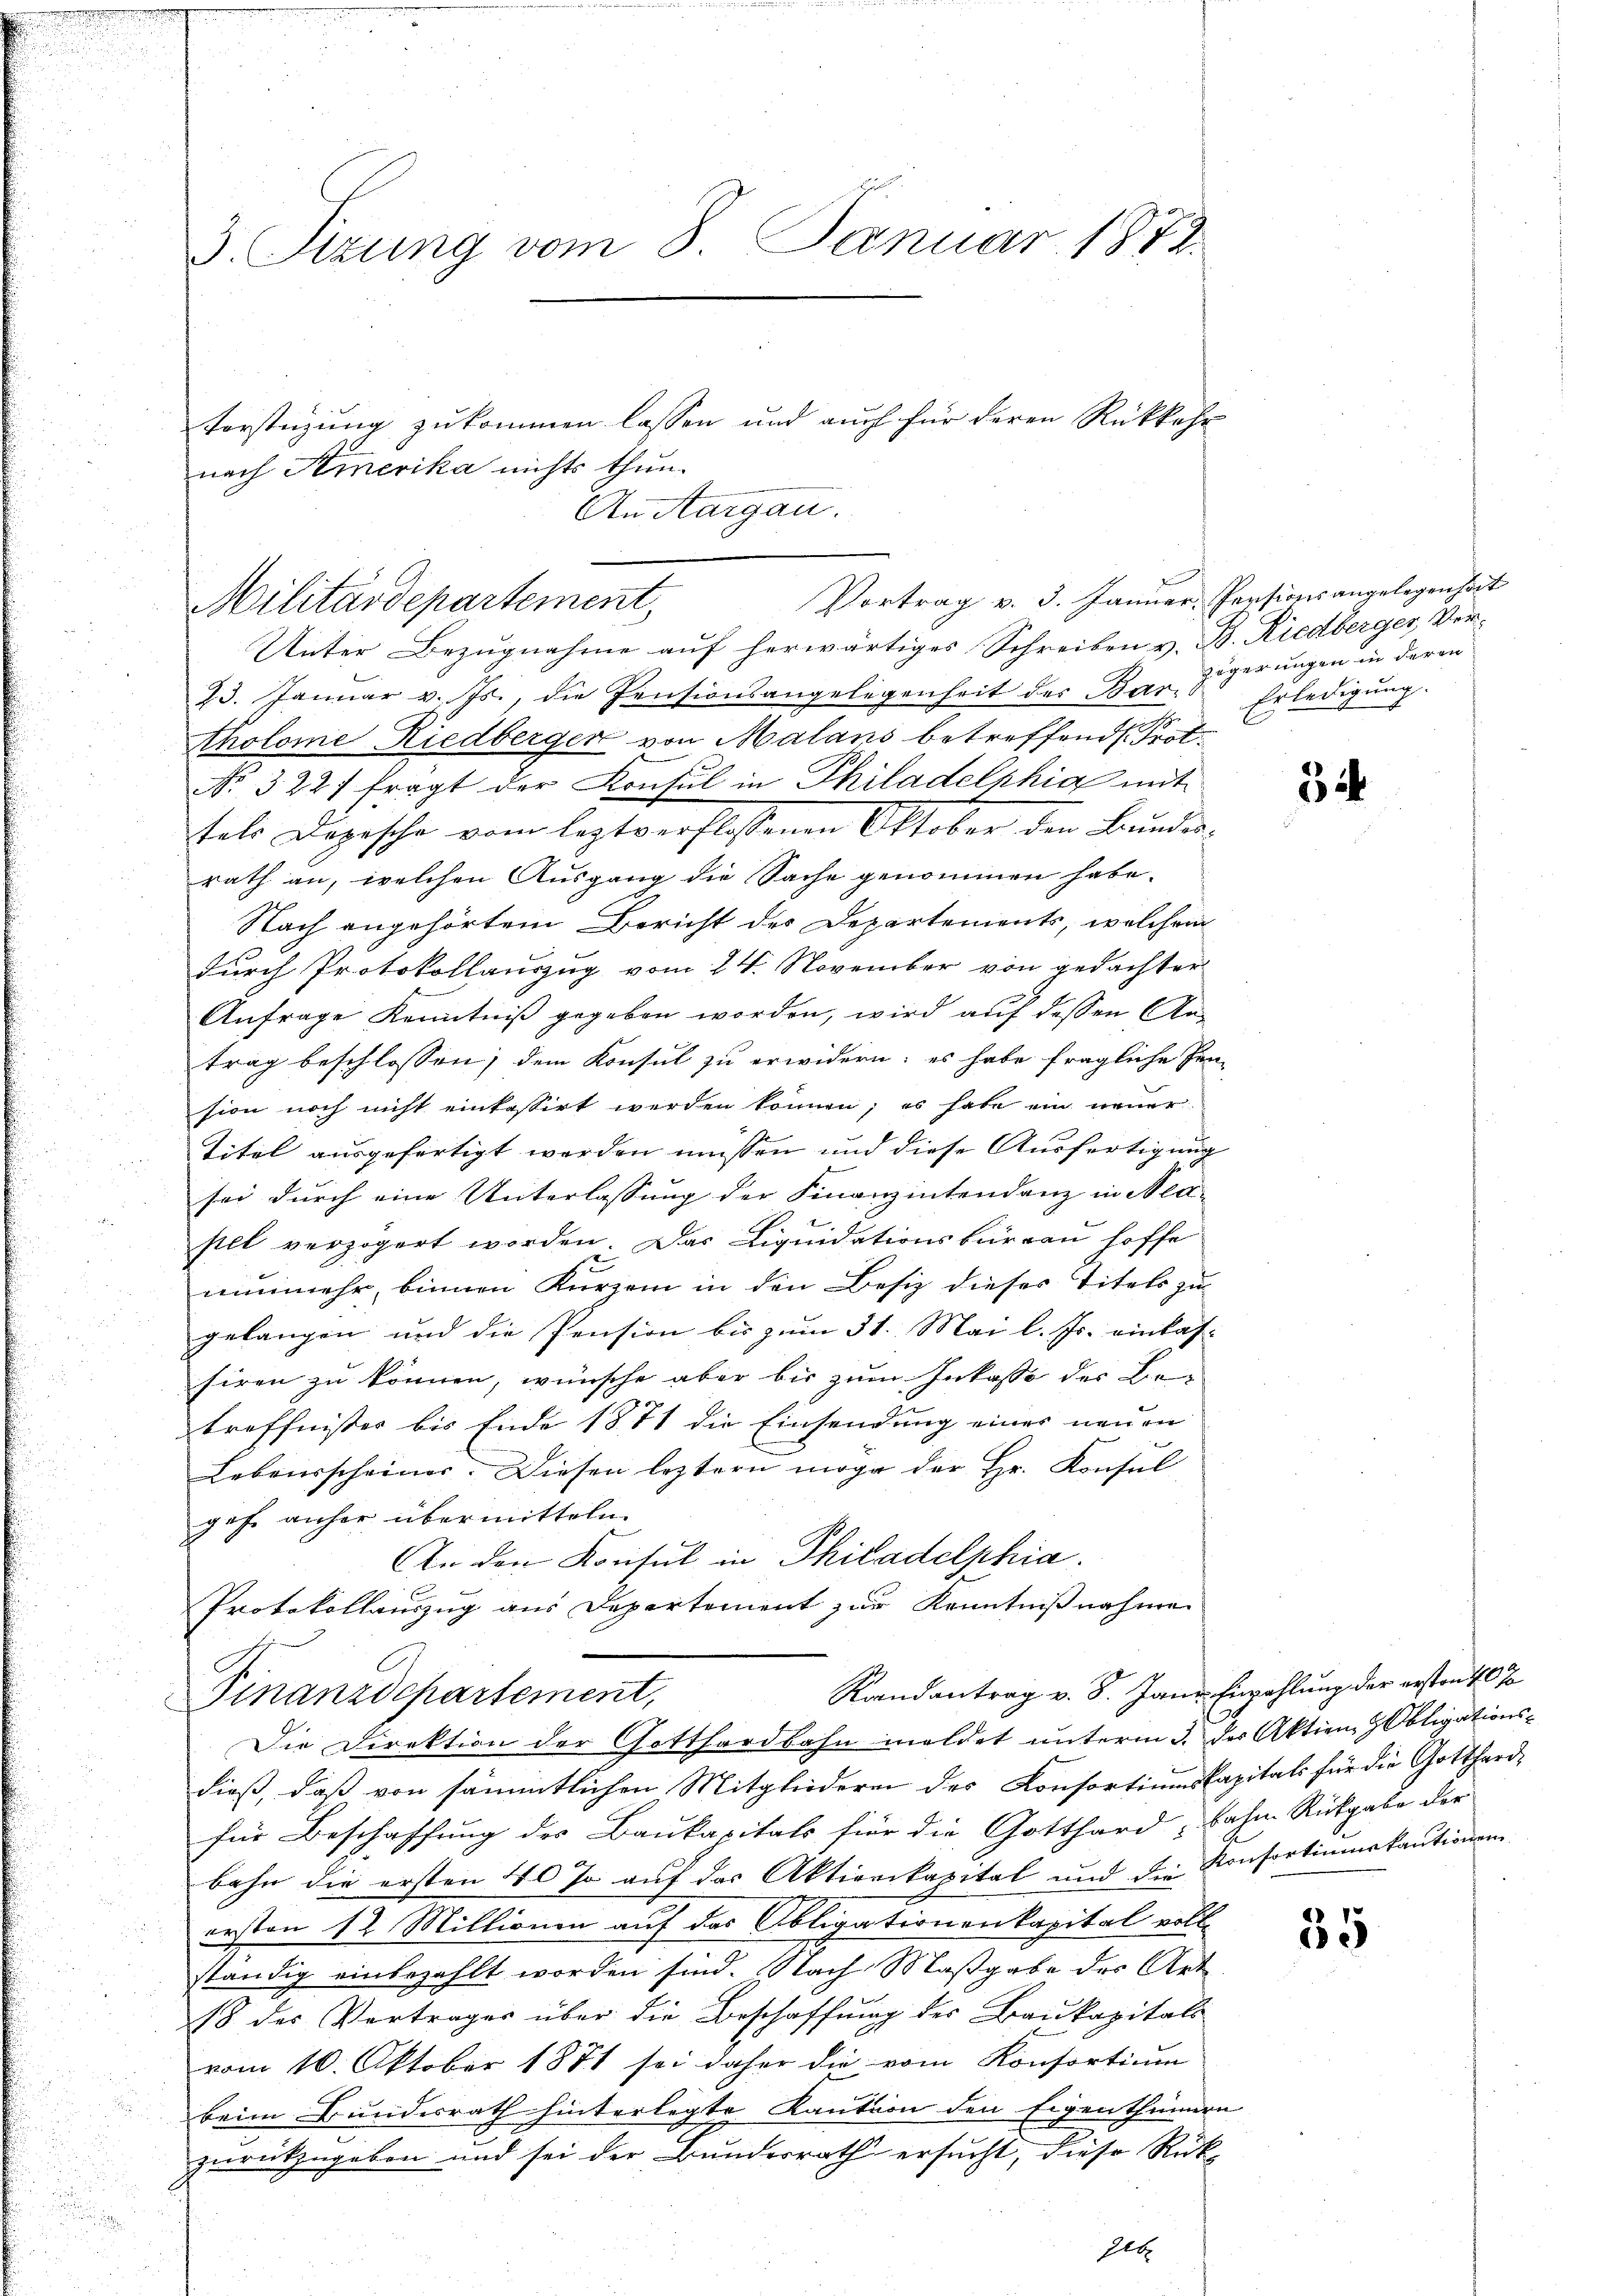
3. Sizung vom 8. Januar 1872.
Vorstüzung zukommen lassen und auch für deren Rückkehr
nach Amerika nichts thun.
An Aargau.

Vortrag v. 3. Januar, Pensionsangelegen hat
Militärdepartement,

Unter Bezugnahme auf herwärtiges Schreiben v. B. Riedberger Ver-
23. Januar v. Js., die Pensionsangelegenheit des Baritholome Riedberger von Malans betreffend Prot
No. 3227 fragt der Konsul in Philadelphia mit
sele Depesche vom leztverflossenen Oktober den Bŭndes-
rath an, welchen Ausgang die Sache genommen habe.
Nach angehörtem Bericht des Departements, welchem
Durch Protokollauszug vom 24. November von gedachter
Anfrage Kenntniß gegeben worden, wird auf dessen Antrag beschlossen; dem Konsul zu erwidern; es habe fragliche Pen
sion noch nicht einkassirt werden können; es habe ein neuer
Titel ausgefertigt werden müssen und diese Ausfertigung
sei durch eine Unterlassung der Finanzintendenz in Nea-
pel verzögert worden. Das Liquidationsbüreau hoffe
nunmehr, binnen Kurzem in den Besiz dieses Titels zu-
gelangen und die Pension bis zum 31. Mai l. Js. einkas-
hiren zu können, wünsche aber bis zum Inkasse der Be-
treffnisser bis Ende 1871 die Einsendung einer neuen
Lebensscheiner. Diesen leztern möge der Hr. Konsul
gehe anher übermitteln.
An den Konsul in Philadelphia
Protokollauszug aus Departement zur Kenntnißnahme
Randantrag v. 8. Jane Enzahlung der ersten 40 Ja
Finanzdepartement,
Die Direktion der Gotthardbahn meldet unterm 3. des Aktien, Obligationsdieß, daß von sämmtlichen Mitgliederen des Konsortiumskapitals für die Gotthard-
für Beschaffung des Baukapitals für die Gotthardbahn Rückgabe der
bahn die ersten 40 so auf das Aktienkapital und die Konsortiumskautionen
ersten 12 Millionen auf das Obligationenkapital voll-
ständig einbezahlt worden sind. Nach Maßgabe des Art
18 des Vertrages über die Beschaffung der Baukapitals
vom 10. Oktober 1881 sei daher die vom Konsortium
beim Bundesrath hinterlegte Kaution den Eigenthümer
zurückzugeben und sei der Bundesrath ersucht, diese Rück-

zögerungen in deren
Erledigung.

3

35